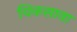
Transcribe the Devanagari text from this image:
चिकसाना